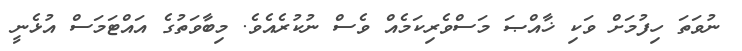
ނުވަތަ ހިފުމަށް ވަކި ޚާއްޞަ މަސްވެރިކަމެއް ވެސް ނުކުރެއެވެ. މިބާވަތުގެ އައްޓަމަސް އުޅެނީ